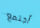
أجتمع